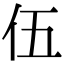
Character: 伍